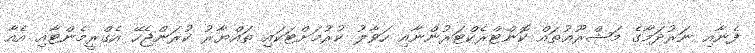
ފެނާއި ނަރުދަމާގެ މަޝްރޫޢުތައް ކޮންޓްރެކްޓަރުންނާއި ހަވާލު ކުރުމަށްޓަކައި ތައްޔާރު ކުރަންޖެހޭ އެގްރީމެންޓާއި އެއާ